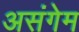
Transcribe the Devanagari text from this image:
असंगेम